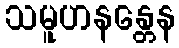
သမူဟနန္တေန